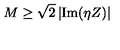
M \geq \sqrt { 2 } \left| \mathrm { I m } ( \eta Z ) \right|